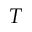
T